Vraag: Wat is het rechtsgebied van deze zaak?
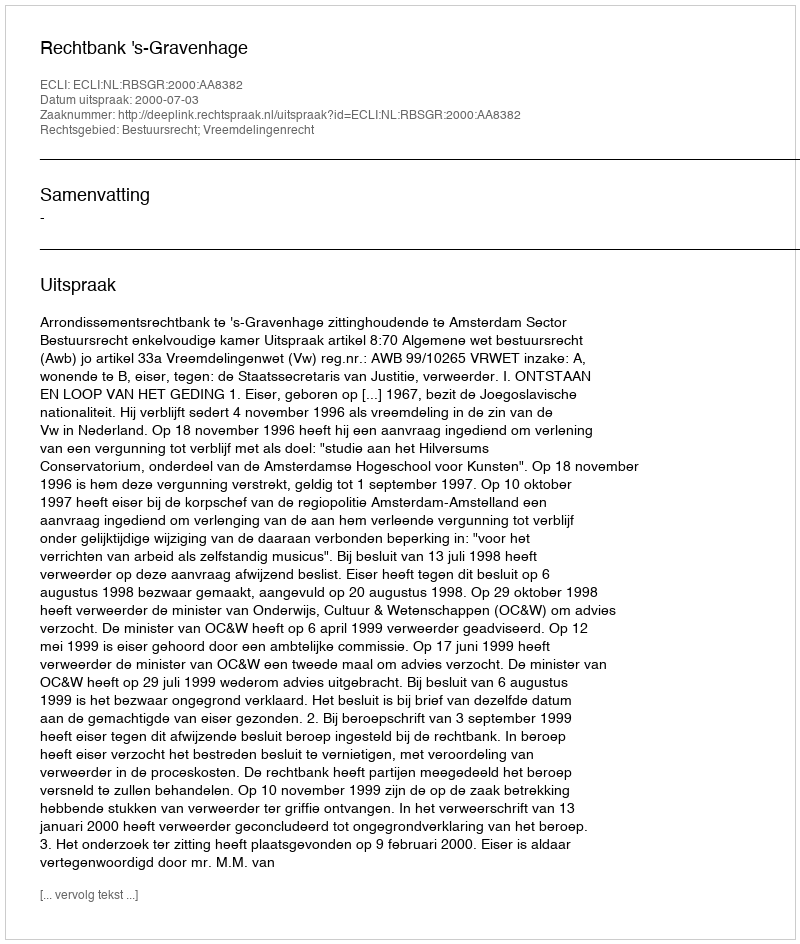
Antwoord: Bestuursrecht; Vreemdelingenrecht